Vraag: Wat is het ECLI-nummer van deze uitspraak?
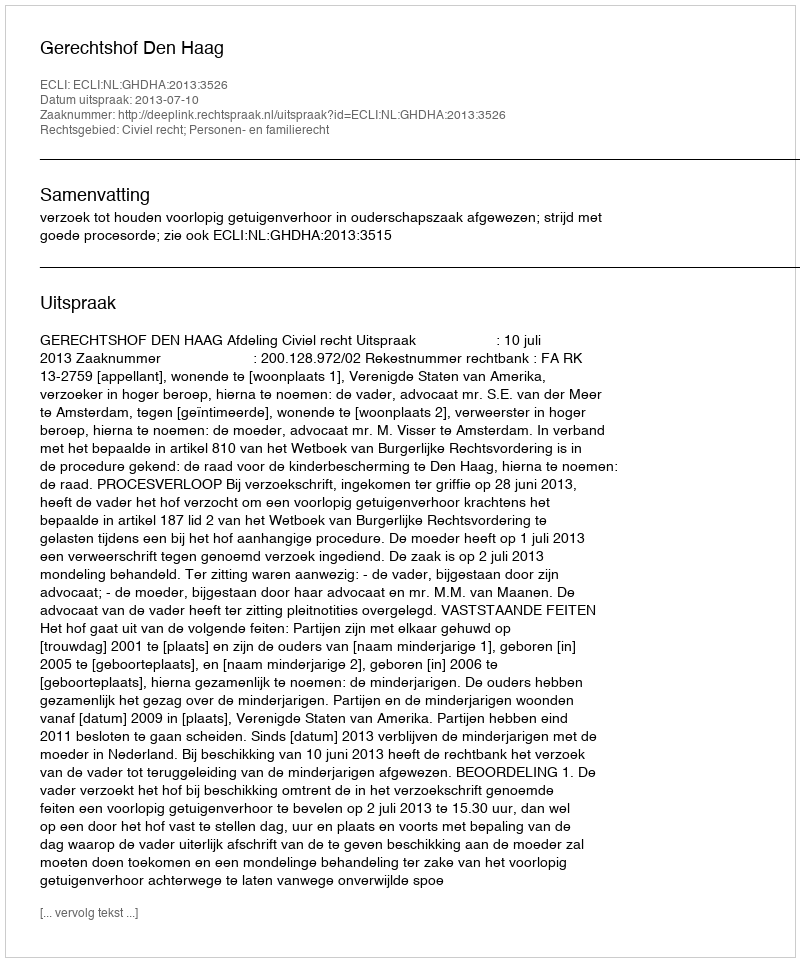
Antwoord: ECLI:NL:GHDHA:2013:3526